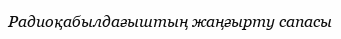
Радиоқабылдағыштың жаңғырту сапасы